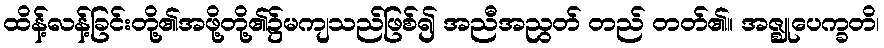
ထိန့်လန့်ခြင်းတို့၏အဖို့တို့၏၌မကျသည်ဖြစ်၍ အညီအညွတ် တည် တတ်၏။ အဇ္ဈုပေက္ခတိ၊